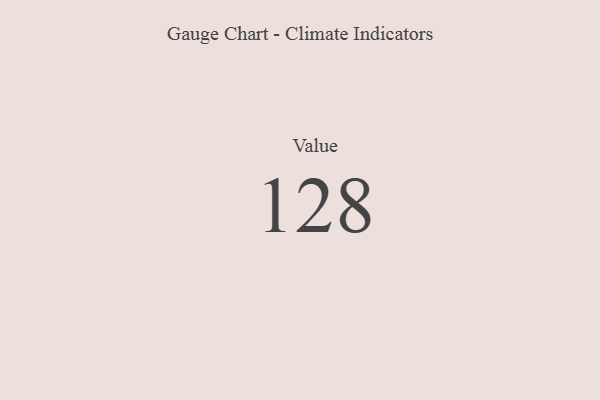
{"axis": {"x": "Metric", "y": "Value"}, "legend": [""], "data": [{"x": "Value", "y": 128, "type": ""}]}